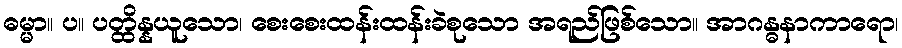
ဓမ္မာ။ ပ။ ပတ္ထိန္နယူသော၊ စေးစေးထန်းထန်းခဲစုသော အရည်ဖြစ်သော။ အာဂန္ဓနာကာရော၊